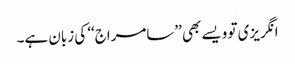
انگریزی تو ویسے بھی ’’سامراج‘‘ کی زبان ہے۔